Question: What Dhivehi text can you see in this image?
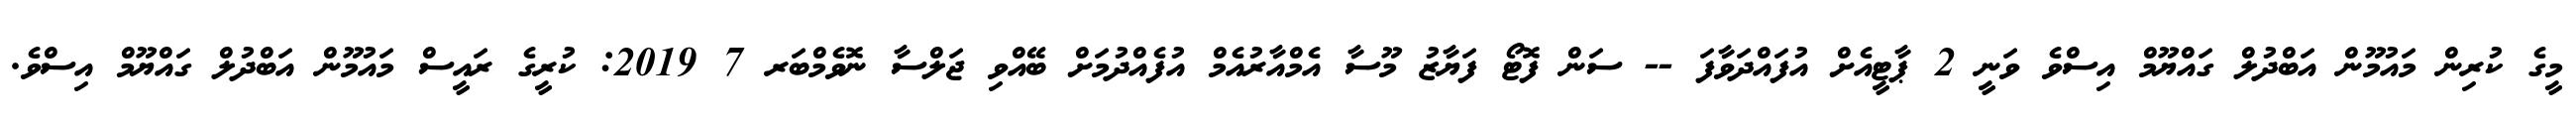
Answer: މީގެ ކުރިން މައުމޫން އަބްދުލް ގައްޔޫމް އިސްވެ ވަނީ 2 ޕާޓީއެށް އުފައްދަވާފަ -- ސަން ފޮޓޯ ފަޔާޒު މޫސާ އެމްއާރުއެމް އުފެއްދުމަށް ބޭއްވި ޖަލްސާ ނޮވެމްބަރ 7 2019: ކުރީގެ ރައީސް މައުމޫން އަބްދުލް ގައްޔޫމް އިސްވެ.